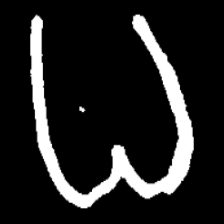
Pyu character \u2014 Myanmar letter: ဓ (romanized: dha)